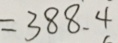
= 3 8 8 . 4